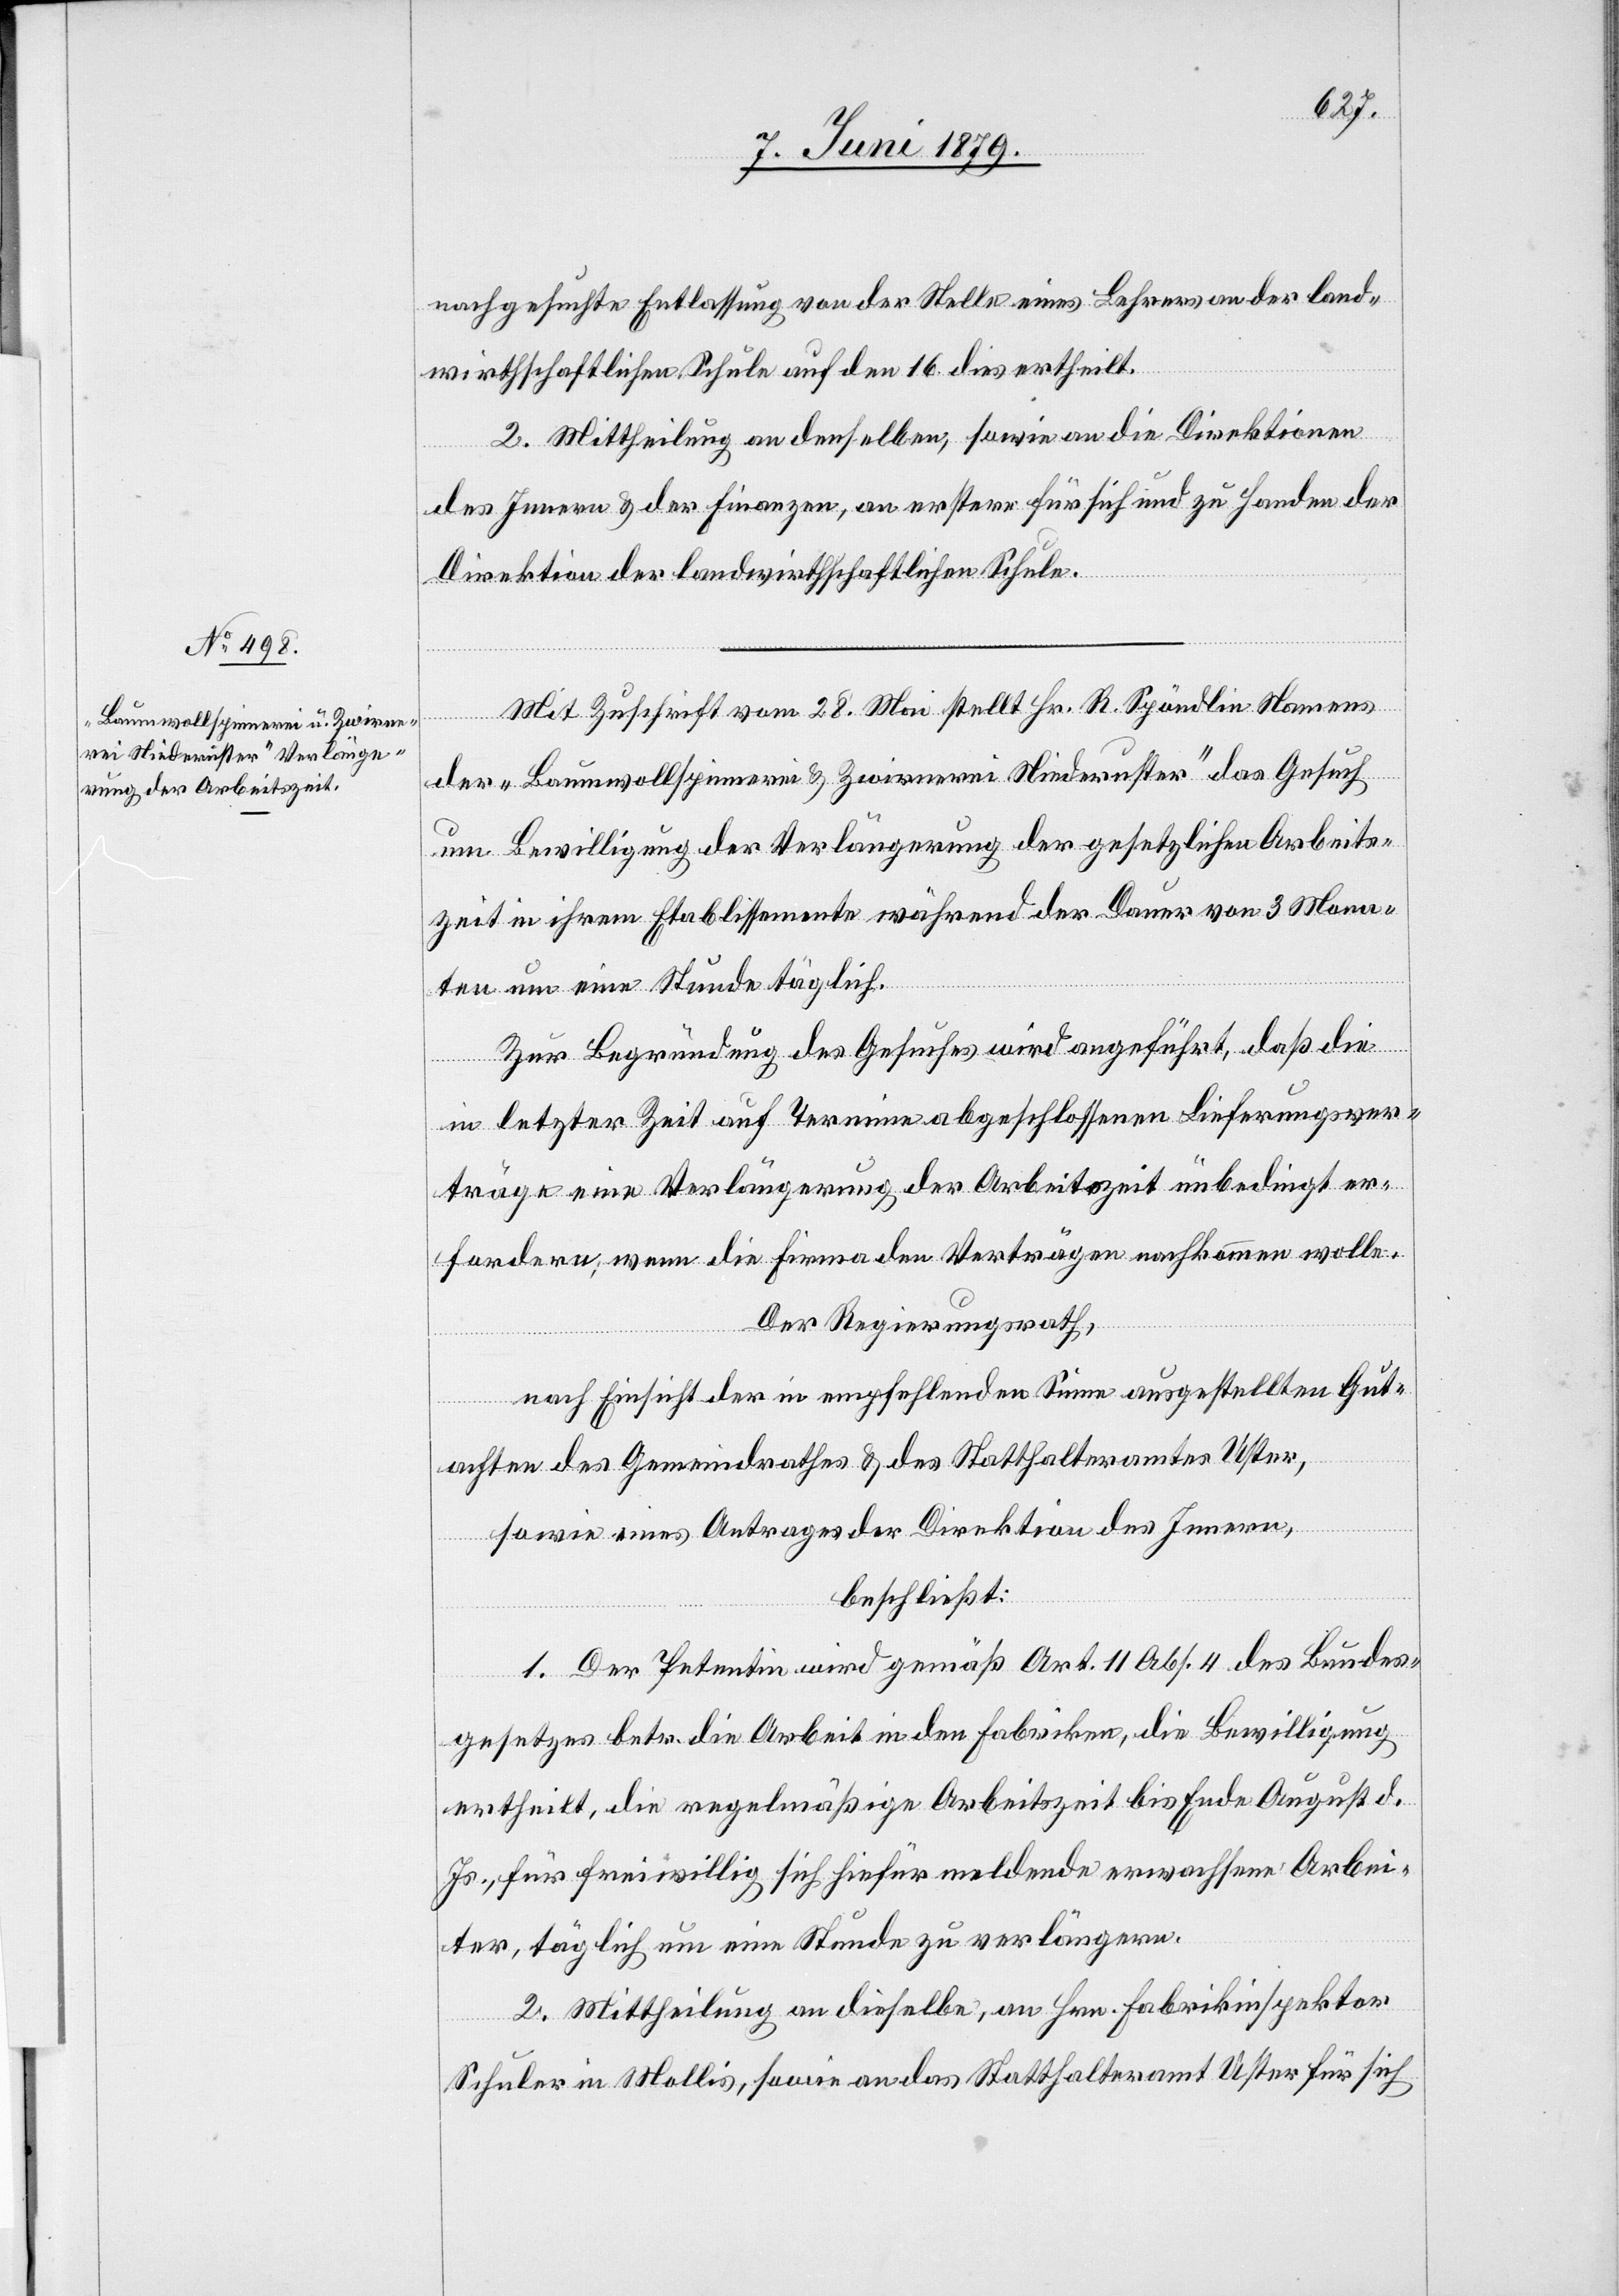
nachgesuchte Entlassung von der Stelle eines Lehrers an der land¬
wirthschaftlichen Schule auf den 16. dies ertheilt.
2. Mittheilung an denselben, sowie an die Direktionen
des Innern & der Finanzen, an erstere für sich und zu Handen der
Direktion der landwirthschaftlichen Schule.
Mit Zuschrift vom 28. Mai stellt Hr. R. Spöndlin Namens
der „Baumwollspinnerei & Zwirnerei Niederuster“ das Gesuch
um Bewilligung der Verlängerung der gesetzlichen Arbeits¬
zeit in ihrem Etablissemente während der Dauer von 3 Mona¬
ten um eine Stunde täglich.
Zur Begründung des Gesuches wird angeführt, daß die
in letzter Zeit auf Termine abgeschlossenen Lieferungsver¬
träge eine Verlängerung der Arbeitszeit unbedingt er¬
fordern; wenn die Firma den Verträgen nachkommen wolle.
Der Regierungsrath,
nach Einsicht der in empfehlenden [sic!] Sinne ausgestellten Gut¬
achten des Gemeindrathes & des Statthalteramtes Uster,
sowie eines Antrages der Direktion des Innern,
beschließt:
1. Der Petentin wird gemäß Art. 11 Abs. 4 des Bundes¬
gesetzes betr. die Arbeit in den Fabriken, die Bewilligung
ertheilt, die regelmäßige Arbeitszeit bis Ende August d.
Js., für freiwillig sich hiefür meldende erwachsene Arbei¬
ter, täglich um eine Stunde zu verlängern.
2. Mittheilung an dieselbe, an Hrn. Fabrikinspektor
Schuler in Mollis, sowie an das Statthalteramt Uster für sich